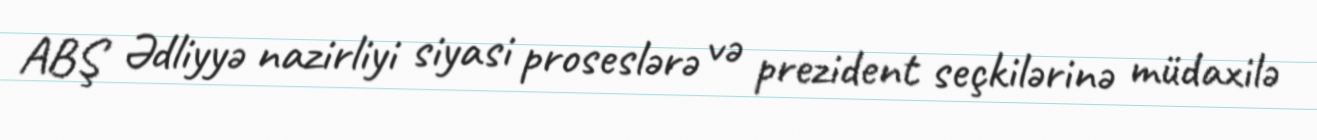
ABŞ Ədliyyə nazirliyi siyasi proseslərə və prezident seçkilərinə müdaxilə